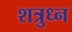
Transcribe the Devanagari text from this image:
शत्रुध्न